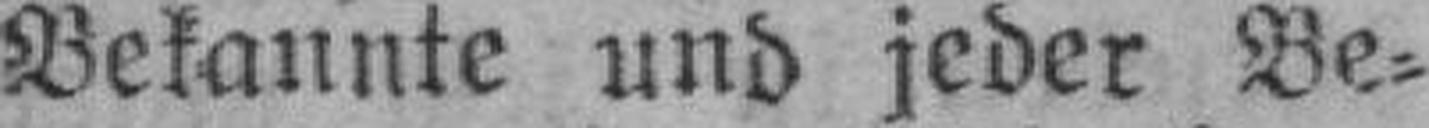
Bekannte und jeder Be¬